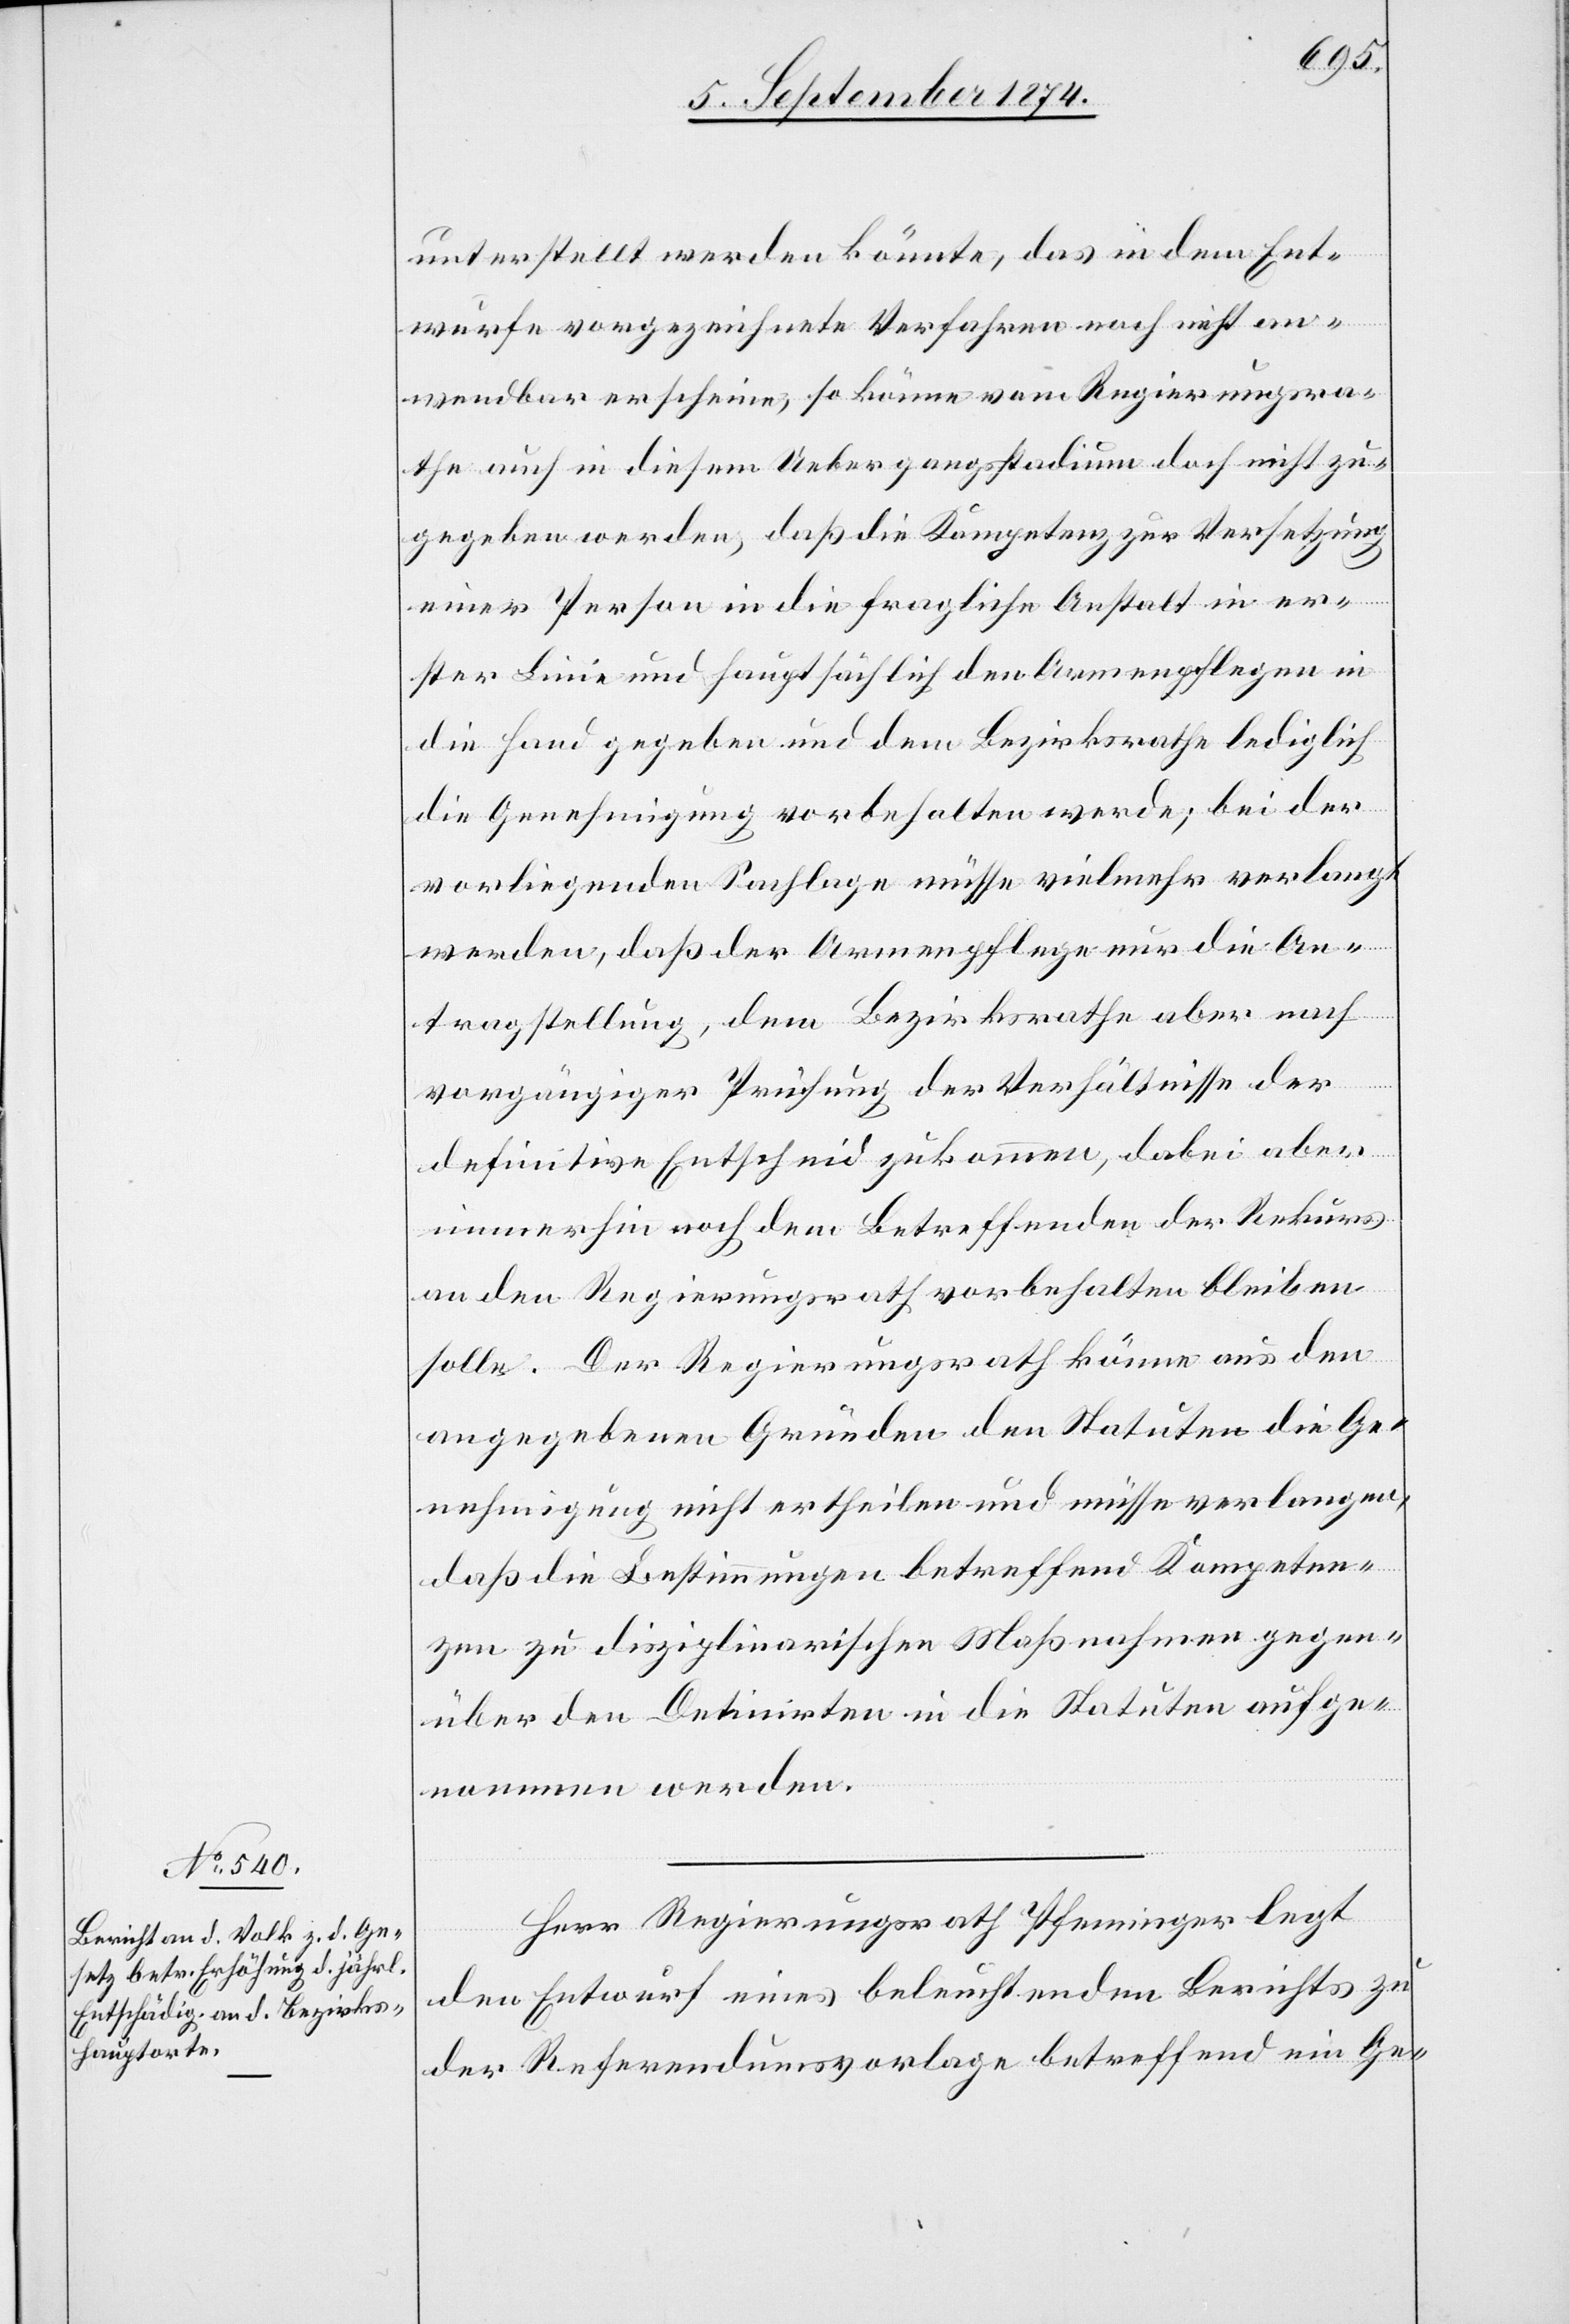
unterstellt werden könnte, das in dem Ent¬
wurfe vorgezeichnete Verfahren noch nicht an¬
wendbar erscheine, so könne vom Regierungsra¬
the auch in diesem Uebergangsstadium doch nicht zu¬
gegeben werden, daß die Kompetenz zur Versetzung
einer Person in die fragliche Anstalt in er¬
ster Linie und hauptsächlich den Armenpflegen in
die Hand gegeben und dem Bezirksrathe lediglich
die Genehmigung vorbehalten werde; bei der
vorliegenden Sachlage müsse vielmehr verlangt
werden, daß der Armenpflege nur die An¬
tragstellung, dem Bezirksrathe aber nach
vorgängiger Prüfung der Verhältnisse der
definitive Entscheid zukommen, dabei aber
immerhin noch den Betreffenden der Rekurs
an den Regierungsrath vorbehalten bleiben
solle. Der Regierungsrath könne aus den
angegebenen Gründen den Statuten die Ge¬
nehmigung nicht ertheilen und müsse verlangen,
daß die Bestimmungen betreffend Kompeten¬
zen zu disziplinarischen Maßnahmen gegen¬
über den Detinirten in die Statuten aufge¬
nommen werden.
Herr Regierungsrath Pfenninger legt
den Entwurf eines beleuchtenden Berichts zu
der Referendumsvorlage betreffend ein Ge-